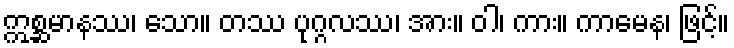
ဣစ္ဆမာနဿ၊ သော။ တဿ ပုဂ္ဂလဿ၊ အား။ ဝါ၊ ကား။ ကာမေန၊ ဖြင့်။